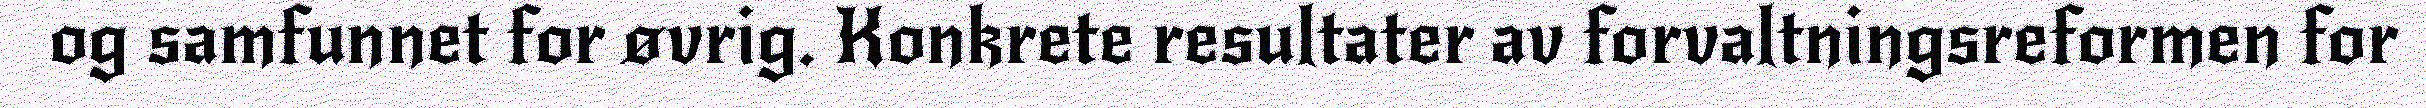
og samfunnet for øvrig. Konkrete resultater av forvaltningsreformen for